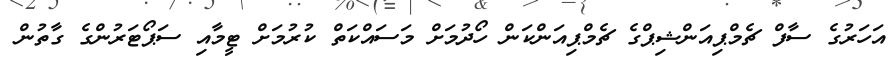
އަހަރުގެ ސާފް ޗެމްޕިއަންޝިޕްގެ ޗެމްޕިއަންކަން ހޯދުމަށް މަސައްކަތް ކުރުމަށް ޓީމާއި ސަޕޯޓަރުންގެ ގާތުން